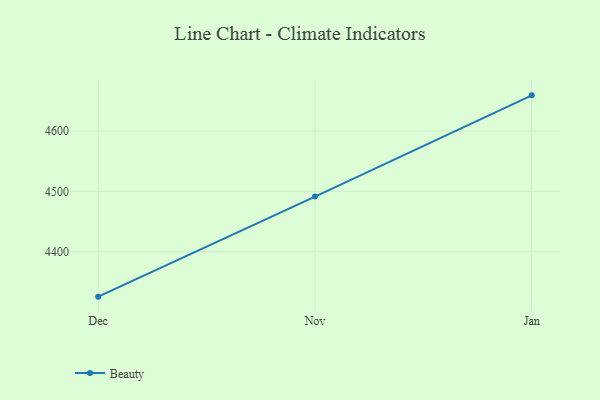
{"axis": {"x": "Month", "y": "Gross Profit (USD K)"}, "legend": ["Beauty"], "data": [{"x": "Dec", "y": 4325.6, "type": "Beauty"}, {"x": "Nov", "y": 4491.4, "type": "Beauty"}, {"x": "Jan", "y": 4659.2, "type": "Beauty"}]}